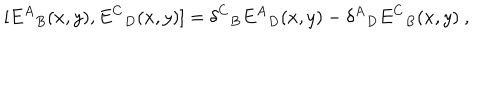
LaTeX: [ { E ^ { A } } _ { B } ( x , y ) , { E ^ { C } } _ { D } ( x , y ) ] = { \delta ^ { C } } _ { B } { E ^ { A } } _ { D } ( x , y ) - { \delta ^ { A } } _ { D } { E ^ { C } } _ { B } ( x , y ) \ ,